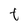
Character: t